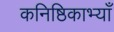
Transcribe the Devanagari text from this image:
कनिष्ठिकाभ्याँ